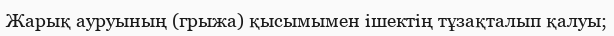
Жарық ауруының (грыжа) қысымымен ішектің тұзақталып қалуы;